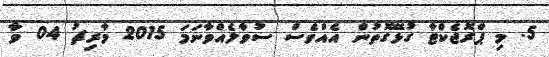
5. މި ޕްރޮޖެކްޓާ ގުޅޭގޮތުން އެއްވެސް ސުވާލެއްވާނަމަ 2015 މާރިޗު 04 ވާ